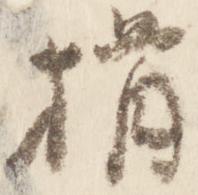
揖